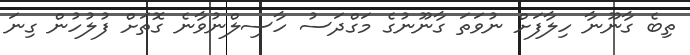
ތިބެ ގާނޫނާ ހިލާފަށް ނުވަތަ ގާނޫނުގެ މަގްދަސު ހާސިލްނުވާނެ ގޮތަށް ފުލުހުން ގިނަ